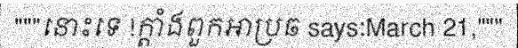
"""នោះទេ !ក្តាំងពួកអាប្រឆ says:March 21,"""